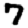
Digit: 7